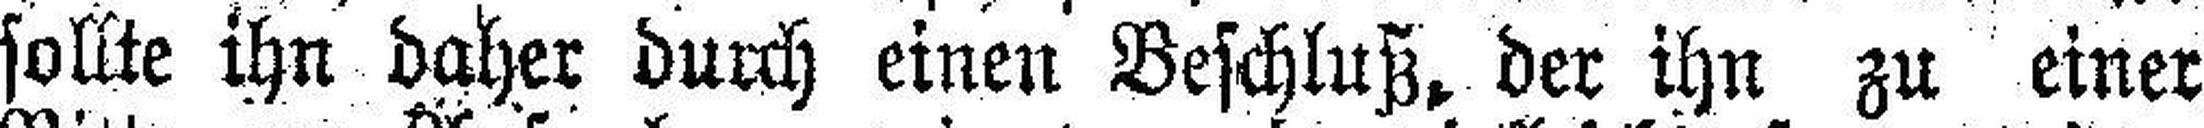
sollte ihn daher durch einen Beschluß, der ihn zu einer